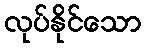
လုပ်နိုင်သော